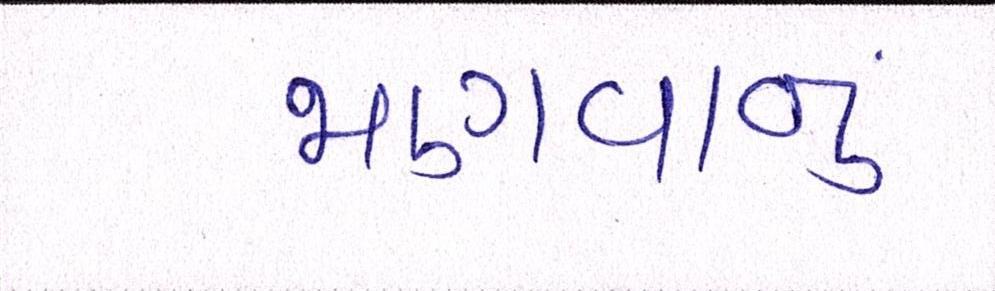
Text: જાણવાનું